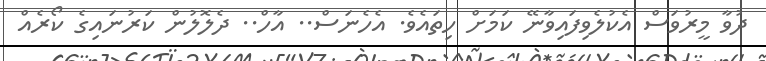
ދުވާ މީރުވަސް އެކުލެވިފައިވާނޭ ކަމަށް ހިތައެވެ. އެހެނަސް.. އާހް.. ދެލޮލުން ކަރުނައިގެ ކޯރެއް